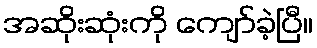
အဆိုးဆုံးကို ကျော်ခဲ့ပြီ။